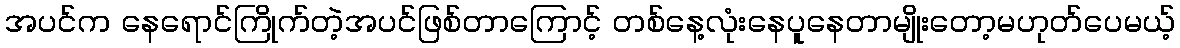
အပင်က နေရောင်ကြိုက်တဲ့အပင်ဖြစ်တာကြောင့် တစ်နေ့လုံးနေပူနေတာမျိုးတော့မဟုတ်ပေမယ့်